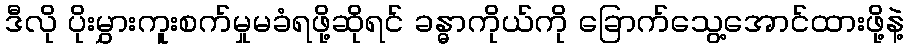
ဒီလို ပိုးမွှားကူးစက်မှုမခံရဖို့ဆိုရင် ခန္ဓာကိုယ်ကို ခြောက်သွေ့အောင်ထားဖို့နဲ့